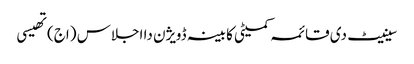
سینیٹ دی قائمہ کمیٹی کابینہ ڈویژن دا اجلاس (اج) تھیسی